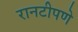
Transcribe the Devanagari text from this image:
रानटीपणे